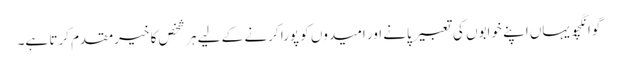
گوانگچو یہاں اپنے خوابوں کی تعبیر پانے اور امیدوں کو پورا کرنے کے لیے ہر شخص کا خیرمقدم کرتا ہے۔